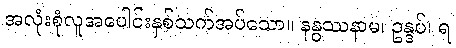
အလုံးစုံလူအပေါင်းနှစ်သက်အပ်သော။ နနွဿနာမ၊ ဥန္ဒပ်၊ ရ